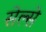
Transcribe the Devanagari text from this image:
सेल्से